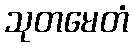
သုတမေတံ